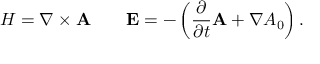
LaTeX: H = \nabla \times { \bf A } \qquad { \bf E } = - \left( \frac { \partial } { \partial t } { \bf A } + \nabla A _ { 0 } \right) .